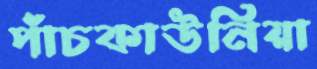
পাঁচকাউনিয়া